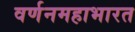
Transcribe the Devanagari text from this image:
वर्णनमहाभारत